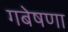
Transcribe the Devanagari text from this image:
गबेषणा